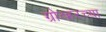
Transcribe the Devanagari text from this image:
ग्रोव्हरच्या